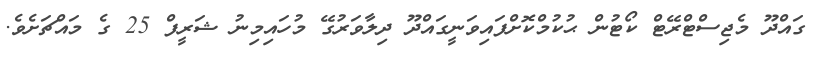
ގައްދޫ މެޖިސްޓްރޭޓް ކޯޓުން ޙުކުމްކޮށްފައިވަނީގައްދޫ ދިލާވަރުގޭ މުހައިމިނު ޝަރީފް 25 ގެ މައްޗަށެވެ.